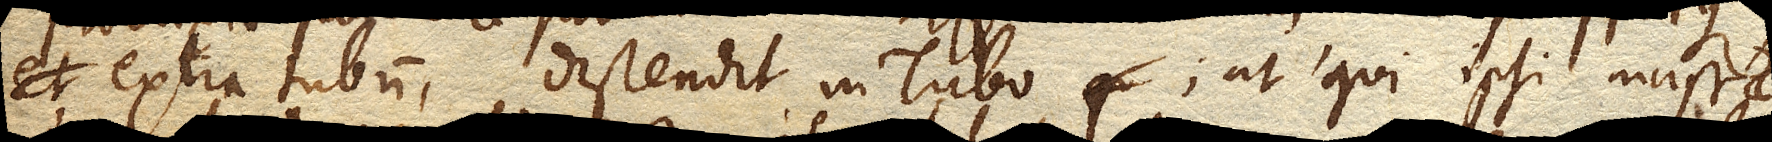
extra Tubum, distendit in Tubo; at qui ipsi massae